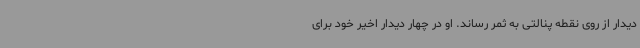
دیدار از روی نقطه پنالتی به ثمر رساند. او در چهار دیدار اخیر خود برای